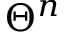
\Theta ^ { n }